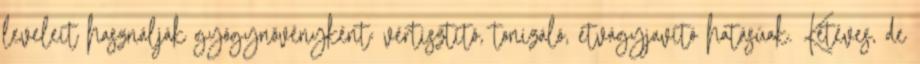
leveleit használják gyógynövényként: vértisztító, tonizáló, étvágyjavító hatásúak. Kétéves, de